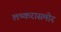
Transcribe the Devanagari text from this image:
लष्करासमोर